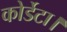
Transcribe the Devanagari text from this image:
कोर्डेटा।